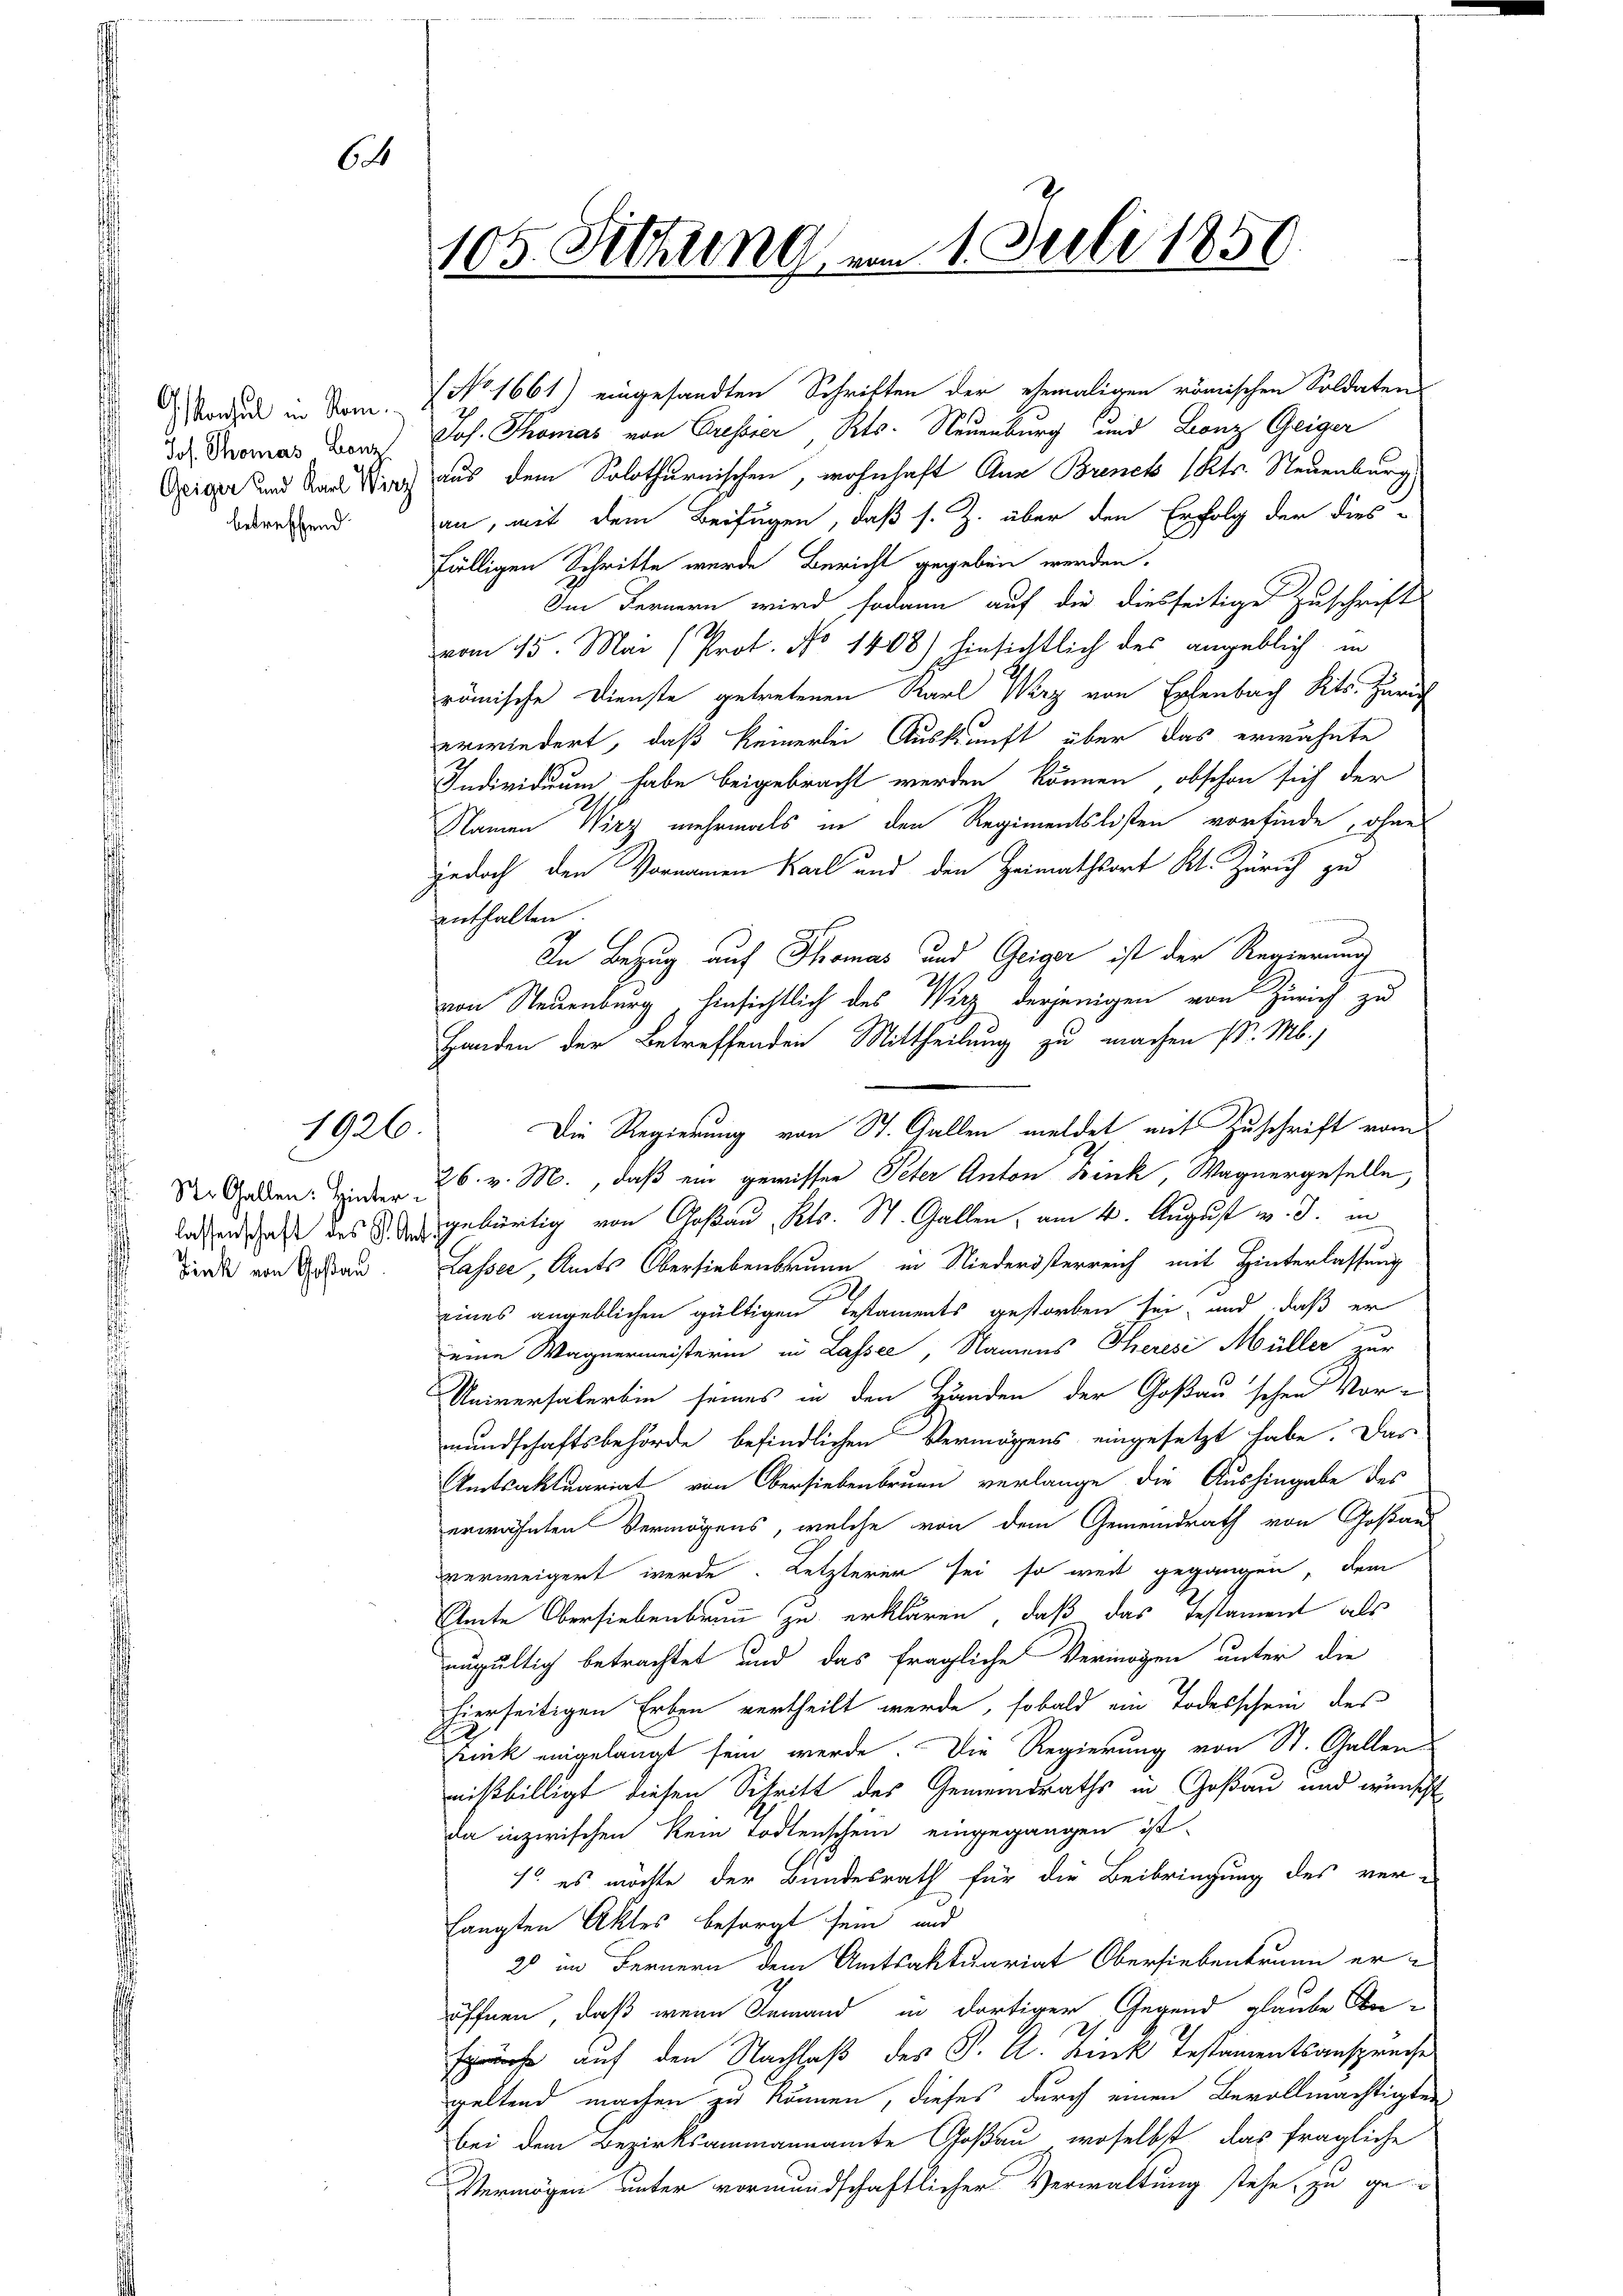
64

Jos. Thomas Benz
Geiger und Karl Wirz
betreffend.

1926.

Zink von Goßau

Mond in Dom. 7. No 1661) eingesandten Schriften der ehemaligen römischen Soldaten

105. Sitzung am 1. Juli 1850.

Jos. Thomas von Cressier, Kts. Neuenburg und Lanz Geiger
aus dem Solothurnischen, wohnhaft Aus Brenck ( Kts. Neuenburg,
an, mit dem Beifügen, daß s. Z. über den Erfolg der dies-
fälligen Schritte wurde Bericht gegeben werden.
Im Fernern wird sodann auf die diesseitige Zuschrift
vom 15. Mai (Prot. No 1408) hinsichtlich des angeblich in
römische Dienste getretenen Karl Wirz von Erlenbach Kts. Zürich
erwiedert, daß keinerlei Auskunft über das erwähnte
Individuum habe beigebracht werden können, obschon sich der
Namen Wirz mehrmals in den Regimentslosten vorfinde , ohne
jedoch den Vornamen Karl und den Heimathsort Kt. Zürich zu
enthalten.
In Bezug auf Thomas und Geiger ist der Regierung
von Neuenburg hinsichtlich des Wirz derjenigen von Zürich zu
Handen der Betreffenden Mittheilung zu machen d. M.)
Die Regierung von St. Gallen meldet mit Zuschrift vom
Der Gaben. Jeder 26. v. M., daß ein gewisser Peter Anton Fink, Wagnergeselle
lasenschaft des gebürtig von Goßau, Kts. St. Gallen, am 4. August v. J. in
Lasser Amts Obersiebenbrunn, in Niederisterreich mit Hinterlassung
eines angeblichen gültigen Testaments gestorben sei, und daß er
eine Wagnermeisterin in Lassee, Namens Theresi Müller zur
Universalerbin seines in den Händen der Goßau schen Vor-
mundschaftsbehörde befindlichen Vermögens eingesetzt habe. Das
Amtsaktuariat von Obersiebenbrunn verlange die Aushingabe des
erwähnten Vermögens, welche von dem Gemeindrath von Goßau
verweigert werde. Letzterer sei, so weit gegangen, dem
Amte Obersiebenbrunn zu erklären, daß das Testament als
ungültig betrachtet und das fragliche Vermögen unter die
hierseitigen Erben vertheilt werde, sobald ein Todesschein des
Lunk eingelangt sein werde. Die Regierung von St. Gallen
nißbilligt diesen Schritt des Gemeindraths in Goßau und wünscht
da inzwischen Rein Todtenschein eingegangen ist.
7 es möchte der Bundesrath für die Beibringung des ver-
langten Aktes besorgt sein, und
2 im Fernern dem Amtsaktuariat Obersiebenbrunn er-
öffnen, daß wenn Jemand in dortiger Gegend glaube Be-
spräche auf den Nachlaß des S. A. Buck Testamentsanspreche
geltend machen zu können, dieses durch einen Bevollmächtigten
bei dem Bezirksammannamte Goßau, woselbst, das fragliche
Vermögen unter vormundschaftlicher Verwaltung stehe, zu ge